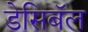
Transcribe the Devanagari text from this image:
डेसिबॅल